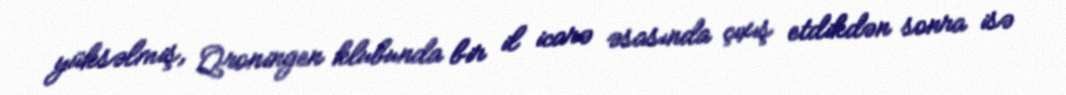
yüksəlmiş, Qroningen klubunda bir il icarə əsasında çıxış etdikdən sonra isə